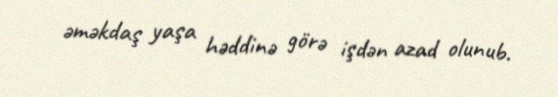
əməkdaş yaşa həddinə görə işdən azad olunub.